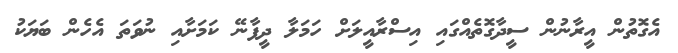
އެގޮތުން އީރާނުން ސީދާގޮތެއްގައި އިސްރާއީލަށް ހަމަލާ ދީފާނޭ ކަމަށާއި ނުވަތަ އެހެން ބަޔަކު